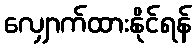
လျှောက်ထားနိုင်ရန်